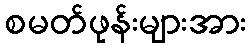
စမတ်ဖုန်းများအား